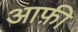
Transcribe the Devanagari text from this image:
आफ़ी